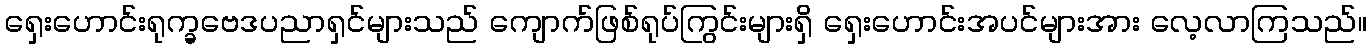
ရှေးဟောင်းရုက္ခဗေဒပညာရှင်များသည် ကျောက်ဖြစ်ရုပ်ကြွင်းများရှိ ရှေးဟောင်းအပင်များအား လေ့လာကြသည်။